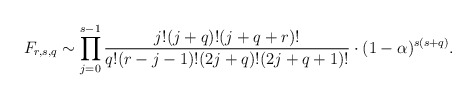
\begin{align*}F_{r,s,q}\sim\prod_{j=0}^{s-1}\frac{j!(j+q)! (j+q+r)!}{q!(r-j-1)!(2j+q)!(2j+q+1)!}\cdot (1-\alpha)^{s(s+q)}.\end{align*}